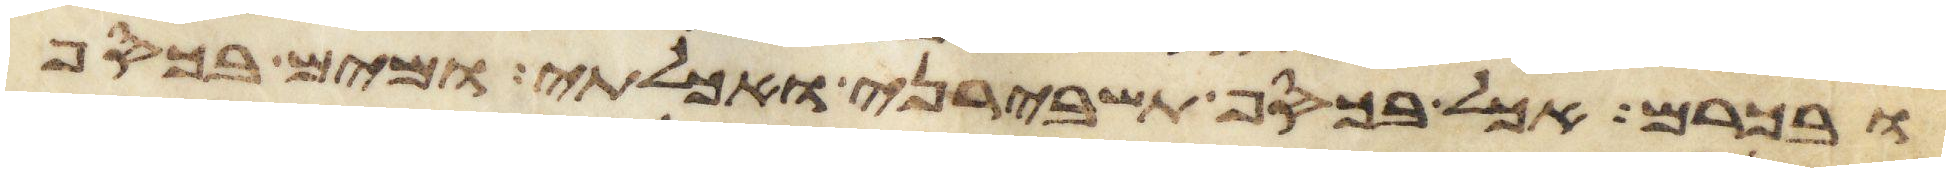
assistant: ובכרם אכל בכסף תשבירני ואכלתי ומים בכסף